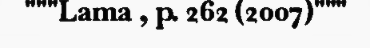
"""Lama , p. 262 (2007)"""